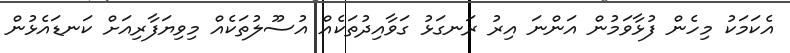
އެކަމަކު މިހެން ފުޅާވަމުން އަންނަ އިރު ރަނގަޅު ގަވާއިދުތަކެއް އުސޫލުތަކެއް މިވިޔަފާރިއަށް ކަނޑައެޅުން